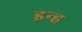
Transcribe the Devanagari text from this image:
इन्ह